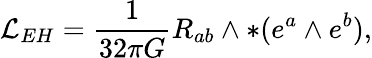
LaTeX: {\cal L}_{EH}=\frac{1}{32\pi G}R_{ab}\wedge\ast(e^{a}\wedge e^{b}),